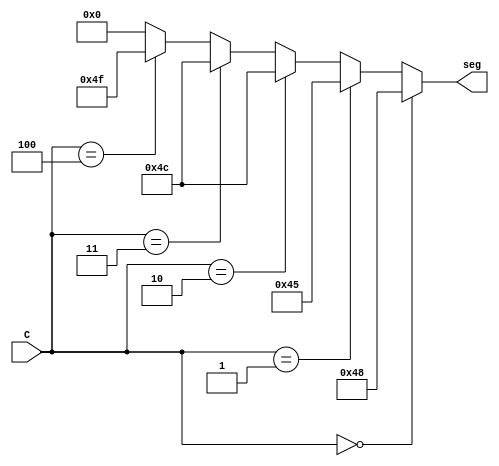
module Decoder_ascii_test(
	input [2:0] C,
	output[6:0] seg
);
assign seg = (C == 3'b000 ) ? 7'b1001000:
					(C == 3'b001 ) ? 7'b1000101:
					(C == 3'b010 ) ? 7'b1001100:
					(C == 3'b011 ) ? 7'b1001100:
					(C == 3'b100 ) ? 7'b1001111:
										  7'b0000000;
endmodule